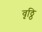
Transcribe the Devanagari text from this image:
वृठ्ठि